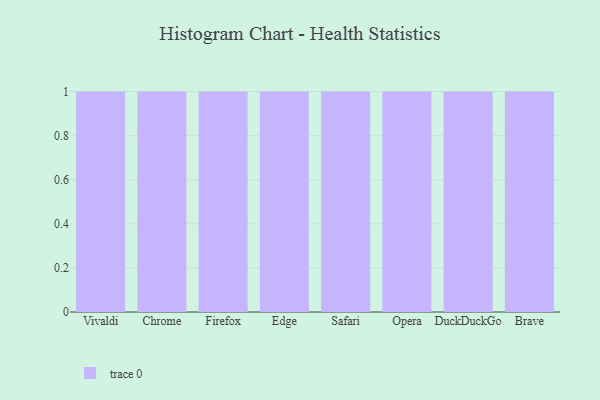
{"axis": {"x": "Browser", "y": "Temperature (°C)"}, "legend": [""], "data": [{"x": "Vivaldi", "y": 67, "type": ""}, {"x": "Chrome", "y": 54, "type": ""}, {"x": "Firefox", "y": 64, "type": ""}, {"x": "Edge", "y": 16, "type": ""}, {"x": "Safari", "y": 55, "type": ""}, {"x": "Opera", "y": 80, "type": ""}, {"x": "DuckDuckGo", "y": 71, "type": ""}, {"x": "Brave", "y": 44, "type": ""}]}